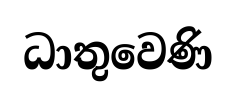
ධාතුවෙණි